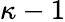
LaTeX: \kappa-1